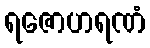
ရဇောဟရဏံ